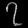
Digit: ၇